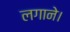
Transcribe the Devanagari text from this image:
लगाने।